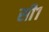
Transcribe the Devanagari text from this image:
सी१